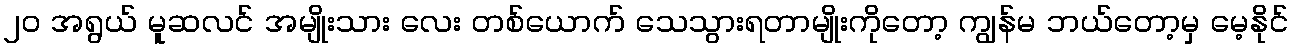
၂၀ အရွယ် မူဆလင် အမျိုးသား လေး တစ်ယောက် သေသွားရတာမျိုးကိုတော့ ကျွန်မ ဘယ်တော့မှ မေ့နိုင်